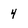
Character: 4